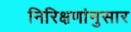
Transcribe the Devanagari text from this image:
निरिक्षणांनुसार